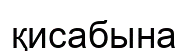
қисабына